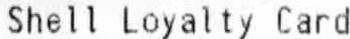
SHELL LOYALTY CARD